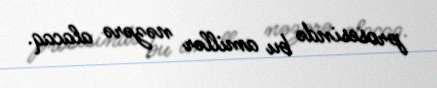
prosesində bu amillər nəzərə alacaq.